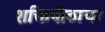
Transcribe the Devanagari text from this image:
शक्तिपीठाचा